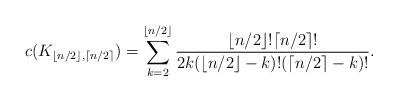
LaTeX: \begin{align*}c(K_{\lfloor n/2\rfloor, \lceil n/2\rceil})=\sum_{k=2}^{\lfloor n/2\rfloor}\frac{\lfloor n/2\rfloor ! \lceil n/2\rceil !}{2k(\lfloor n/2 \rfloor -k)! (\lceil n/2 \rceil -k)!}.\end{align*}